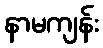
နာမကျန်း